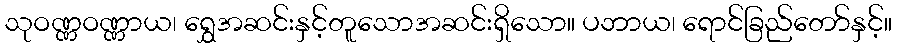
သုဝဏ္ဏဝဏ္ဏာယ၊ ရွှေအဆင်းနှင့်တူသောအဆင်းရှိသော။ ပဘာယ၊ ရောင်ခြည်တော်နှင့်။